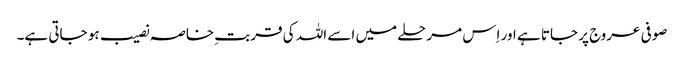
صوفی عروج پر جاتا ہے اور اِس مرحلے میں اسے اللہ کی قربتِ خاصہ نصیب ہو جاتی ہے۔